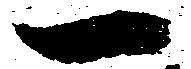
一